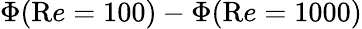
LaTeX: \Phi({\mathrm Re}=100)-\Phi({\mathrm Re}=1000)